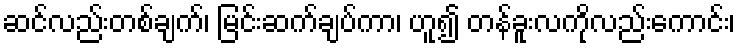
ဆင်လည်းတစ်ချက်၊ မြင်းဆက်ချပ်ကာ၊ ဟူ၍ တန်ခူးလကိုလည်းကောင်း၊